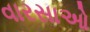
વારસાઓ